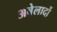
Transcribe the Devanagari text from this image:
अबेलार्दो